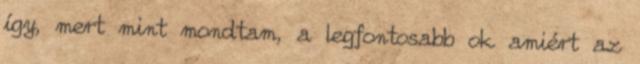
így, mert mint mondtam, a legfontosabb ok amiért az